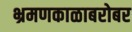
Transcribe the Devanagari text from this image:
भ्रमणकाळाबरोबर